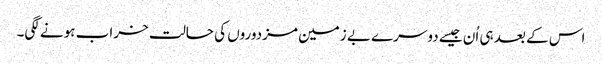
اس کے بعد ہی اُن جیسے دوسرے بے زمین مزدوروں کی حالت خراب ہونے لگی۔